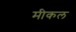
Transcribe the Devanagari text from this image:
मीकल